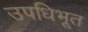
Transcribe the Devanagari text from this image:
उपधिभूत